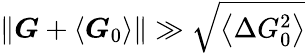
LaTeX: \left\Vert\boldsymbol{G}+\left\langle\boldsymbol{G}_{0}\right\rangle\right\Vert\gg\sqrt{\left\langle\Delta G_{0}^{2}\right\rangle}